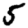
Digit: 5